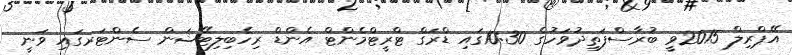
އޭޕްރިލް 2015ވީ ބުރާސްފަތިދުވަހުގެ 10:30ގައި ޑްރަގް ޓްރީޓްމެންޓް އެންޑް ރިހެބިލިޓޭޝަން ސެންޓަރގައި ވަނީ